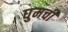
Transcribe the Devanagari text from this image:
घुमची